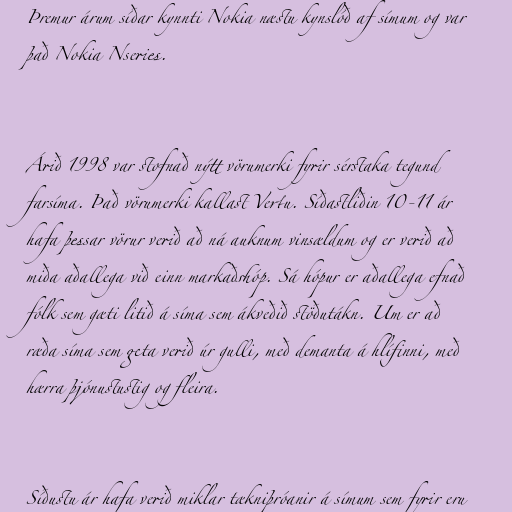
Þremur árum síðar kynnti Nokia næstu kynslóð af símum og var
það Nokia Nseries.

Árið 1998 var stofnað nýtt vörumerki fyrir sérstaka tegund
farsíma. Það vörumerki kallast Vertu. Síðastliðin 10-11 ár
hafa þessar vörur verið að ná auknum vinsældum og er verið að
miða aðallega við einn markaðshóp. Sá hópur er aðallega efnað
fólk sem gæti litið á síma sem ákveðið stöðutákn. Um er að
ræða síma sem geta verið úr gulli, með demanta á hlífinni, með
hærra þjónustustig og fleira.

Síðustu ár hafa verið miklar tækniþróanir á símum sem fyrir eru